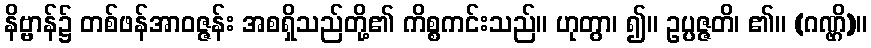
နိဗ္ဗာန်၌ တစ်ဖန်အာဝဇ္ဇန်း အစရှိသည်တို့၏ ကိစ္စကင်းသည်။ ဟုတွာ၊ ၍။ ဥပ္ပဇ္ဇတိ၊ ၏။ (ဂဏ္ဌိ)။